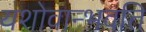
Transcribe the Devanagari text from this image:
यशोवान्भवति